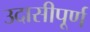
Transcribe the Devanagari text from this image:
उदासीपूर्ण